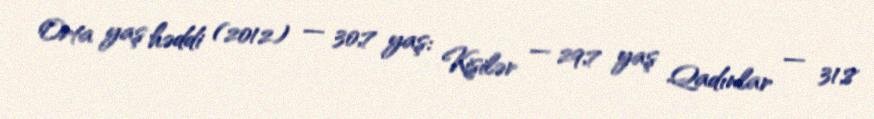
Orta yaş həddi (2012) — 30,7 yaş: Kişilər — 29,7 yaş Qadınlar — 31,8